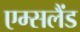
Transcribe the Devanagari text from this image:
एम्सलैंड